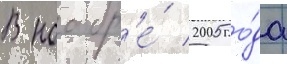
В ноабр'е́ 2005 го́да